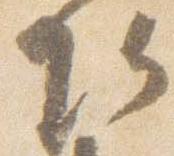
頭